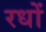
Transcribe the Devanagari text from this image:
रधों